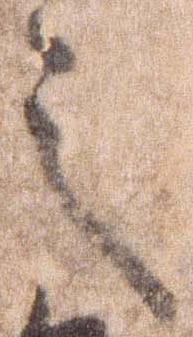
之